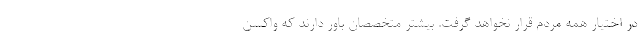
در اختیار همه مردم قرار نخواهد گرفت. بیشتر متخصصان باور دارند که واکسن